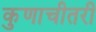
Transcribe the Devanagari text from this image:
कुणाचीतरी